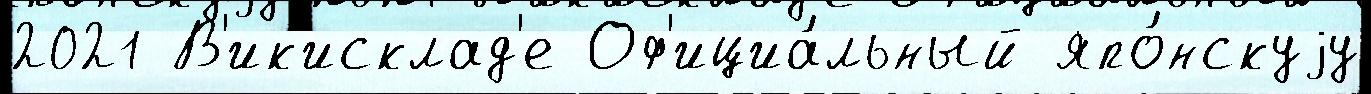
2021 В'ик'исклад'е Оф'ициа́льный япо́нскуjу